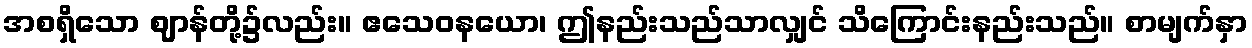
အစရှိသော ဈာန်တို့၌လည်း။ ဧသေဝနယော၊ ဤနည်းသည်သာလျှင် သိကြောင်းနည်းသည်။ စာမျက်နှာ